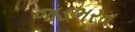
જડભરત